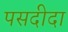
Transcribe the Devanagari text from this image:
पसदीदा